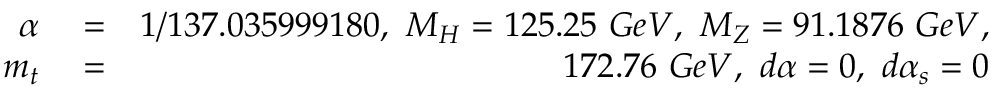
\begin{array} { r l r } { \alpha } & { { } = } & { 1 / 1 3 7 . 0 3 5 9 9 9 1 8 0 , \ M _ { H } = 1 2 5 . 2 5 \ G e V , \ M _ { Z } = 9 1 . 1 8 7 6 \ G e V , } \\ { m _ { t } } & { { } = } & { 1 7 2 . 7 6 \ G e V , \ d \alpha = 0 , \ d \alpha _ { s } = 0 } \end{array}